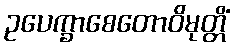
ဥပေက္ခာစေတောဝိမုတ္တိံ